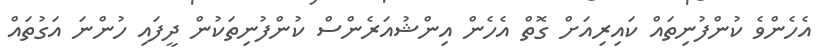
އެހެންވެ ކުންފުނިތައް ކައިރިއަށް ގޮތް އެހެން އިންޝުއަރެންސް ކުންފުނިތަކުން ދީފައި ހުންނަ އަގުތައް